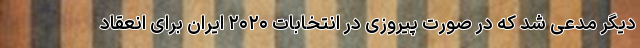
دیگر مدعی شد که در صورت پیروزی در انتخابات ۲۰۲۰ ایران برای انعقاد